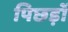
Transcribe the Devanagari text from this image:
पिछड़ोँ